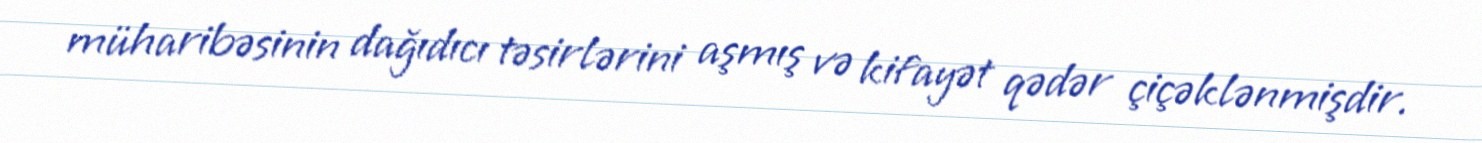
müharibəsinin dağıdıcı təsirlərini aşmış və kifayət qədər çiçəklənmişdir.